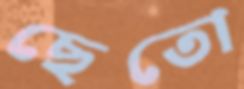
ছেতো